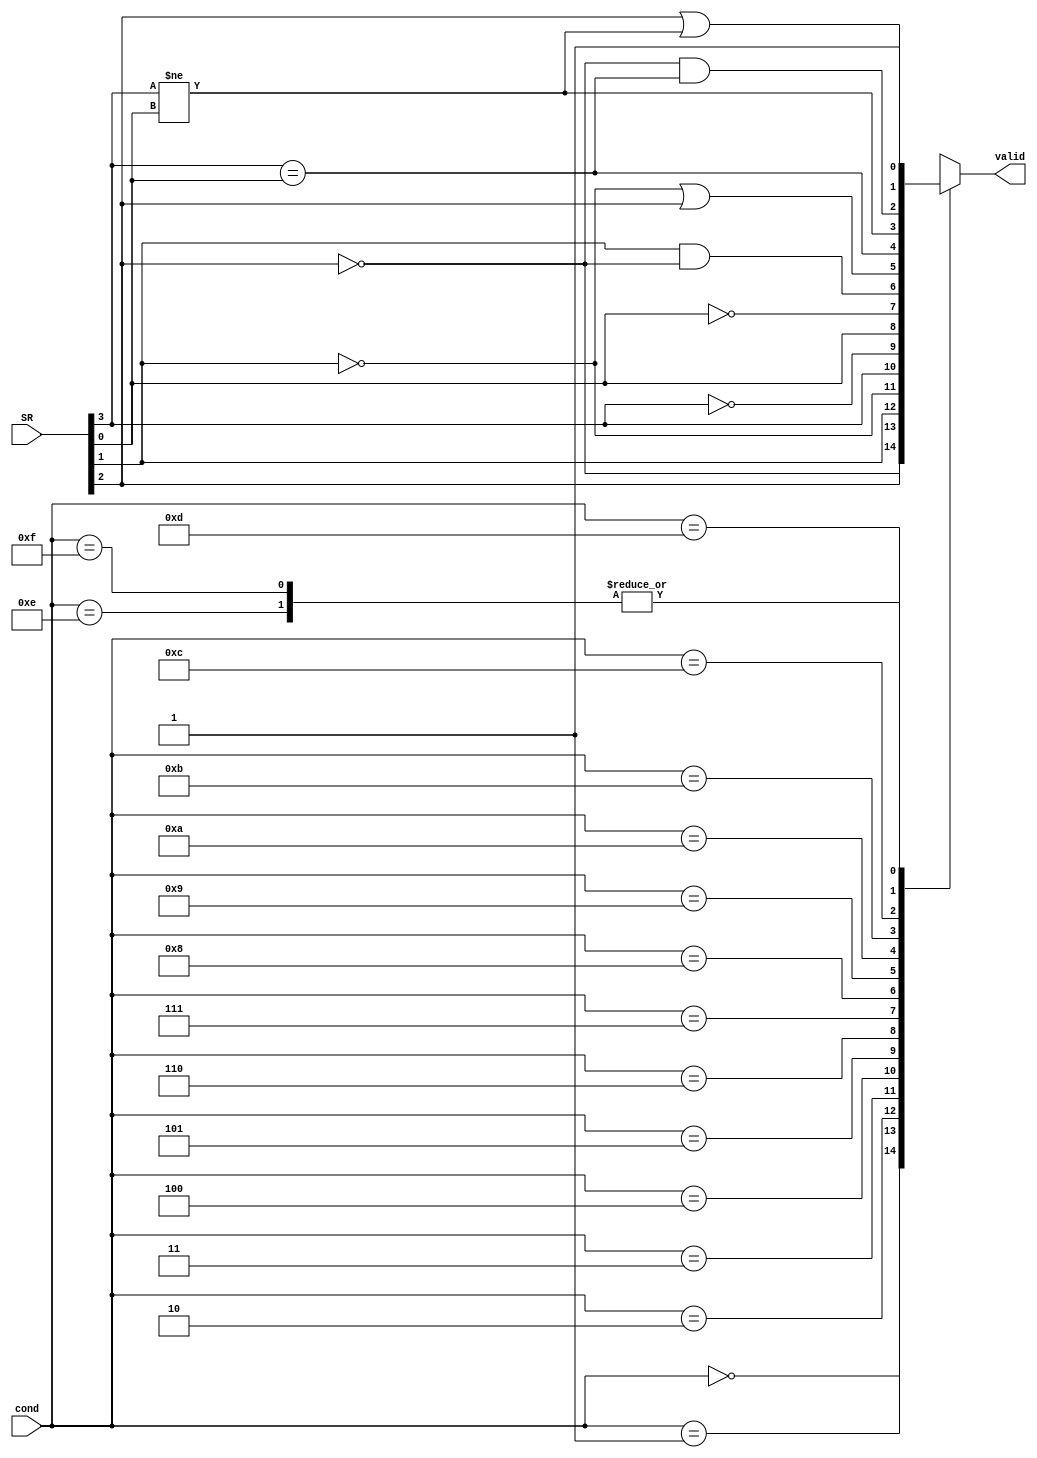
module Condition_Check (cond, SR, valid);
  
  input [3:0] cond, SR;
  output reg valid;
  
  //N, Z, C, V
  //3, 2, 1, 0
  
  always @(cond, SR) begin
    valid = 1'b0;
    case(cond)
      4'h0: valid = SR[2];
      4'h1: valid = ~SR[2];
      4'h2: valid = SR[1];
      4'h3: valid = ~SR[1];
      4'h4: valid = SR[3];
      4'h5: valid = ~SR[3];
      4'h6: valid = SR[0];
      4'h7: valid = ~SR[0];
      4'h8: valid = (SR[1] && ~SR[2]);
      4'h9: valid = (~SR[1] || SR[2]);
      4'hA: valid = (SR[3] == SR[0]);
      4'hB: valid = (SR[3] != SR[0]);
      4'hC: valid = (~SR[2] && SR[3] == SR[0]);
      4'hD: valid = (SR[2] || SR[3] != SR[0]);
      4'hE: valid = 1'b1;
      4'hF: valid = 1'b1;
      default: valid = 1'b0;
    endcase
  end
 
endmodule